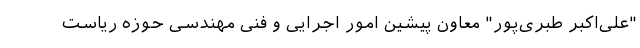
"علی‌اکبر طبری‌پور" معاون پیشین امور اجرایی و فنی مهندسی حوزه ریاست